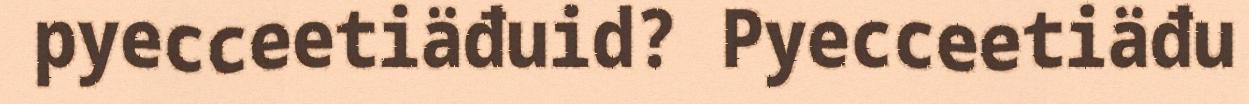
pyecceetiäđuid? Pyecceetiäđu